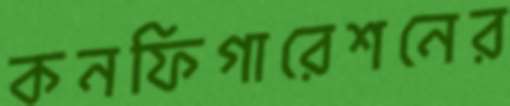
কনফিগারেশনের